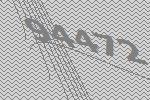
94472